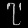
Digit: ၇